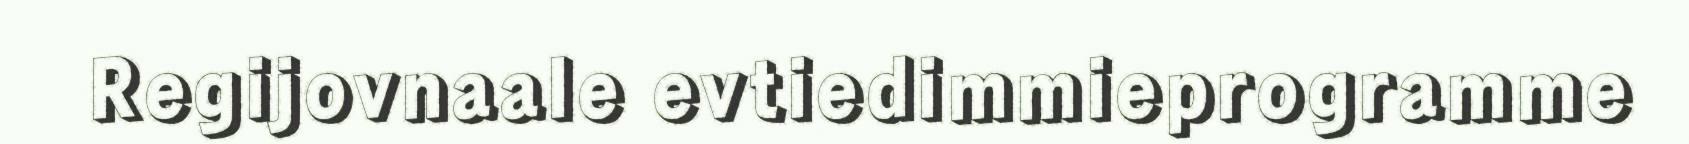
Regijovnaale evtiedimmieprogramme